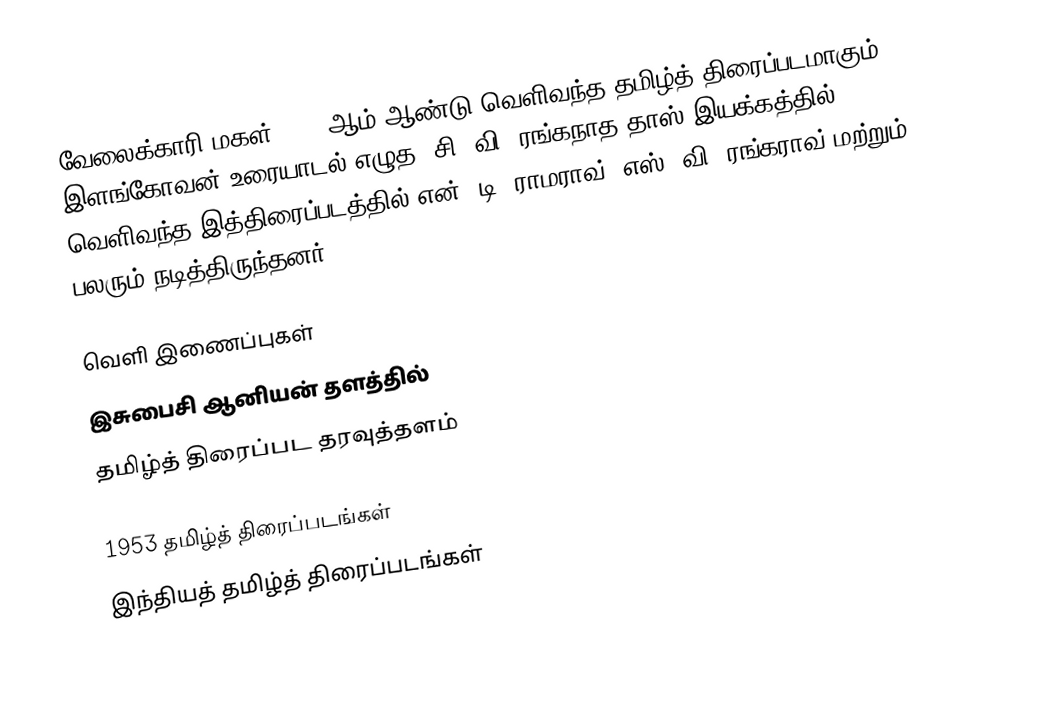
வேலைக்காரி மகள் 1953 ஆம் ஆண்டு வெளிவந்த தமிழ்த் திரைப்படமாகும். இளங்கோவன் உரையாடல் எழுத, சி. வி. ரங்கநாத தாஸ் இயக்கத்தில் வெளிவந்த இத்திரைப்படத்தில் என். டி. ராமராவ், எஸ். வி. ரங்கராவ் மற்றும் பலரும் நடித்திருந்தனர்.

வெளி இணைப்புகள்
 இசுபைசி ஆனியன் தளத்தில்
 தமிழ்த் திரைப்பட தரவுத்தளம்

1953 தமிழ்த் திரைப்படங்கள்
இந்தியத் தமிழ்த் திரைப்படங்கள்